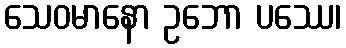
သေဝမာနော ဥဘော ပဿေ၊